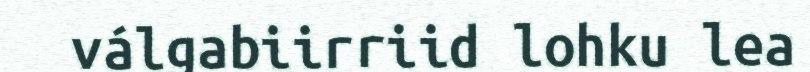
válgabiirriid lohku lea